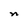
Character: n